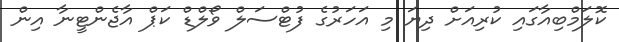
ކޮލަމްބިއާގައި ކުރިއަށް ދިޔަ މި އަހަރުގެ ފުޓްސަލް ވޯލްޑް ކަޕް އާޖެންޓީނާ އިން